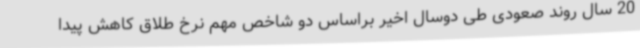
20 سال روند صعودی طی دوسال اخیر براساس دو شاخص مهم نرخ طلاق کاهش پیدا